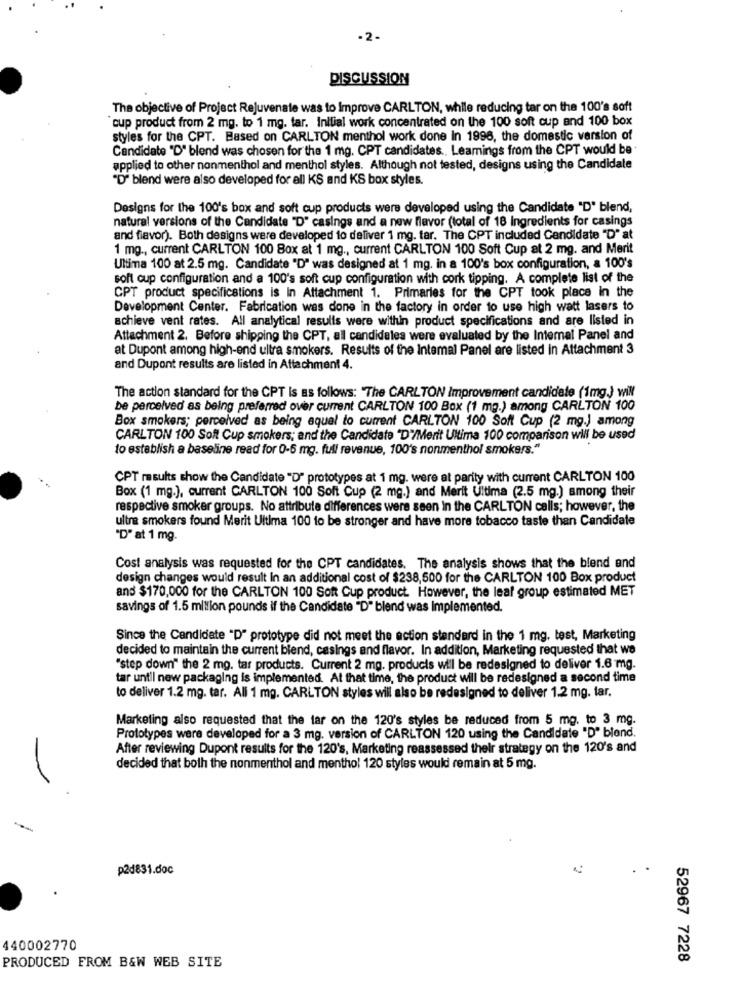
-2-
DISCUSSION
The objective of Project Rejuvenate was to Improve CARLTON, while reducing tar on the 100's soft
cup product from 2 mg. to 1 mg. tar. Initial work concentrated on the 100 soft cup and 100 box
styles for the CPT. Based on CARLTON menthol work done In 1996, the domestic version of
Candidate "D" blend was chosen for the 1 mg. CPT candidates ., Leamings from the CPT would be .
applied to other nonmenthol and menthol styles. Although not tested, designs using the Candidate
"D" blend were also developed for all KS and KS box styles.
Designs for the 100's box and soft cup products were developed using the Candidate "D' blend,
natural versions of the Candidate "D" casings and a new flavor (total of 18 ingredients for casings
and fiavor). Both designs were developed to deliver 1 mg. tar. The CPT included Candidate "D" at
1 mg ., current CARLTON 100 Box at 1 mg ., current CARLTON 100 Soft Cup at 2 mg. and Merit
Ultima 100 at 2.5 mg. Candidate "D" was designed at 1 mg. in a 100's box configuration, a 100's
soft cup configuration and a 100's soft cup configuration with cork tipping. A complete list of the
CPT product specifications is In Attachment 1. Primaries for the CPT took place in the
Development Center. Fabrication was done in the factory in order to use high watt lasers to
achieve vent rates. All analytical results were within product specifications and are listed in
Attachment 2. Before shipping the CPT, all candidates were evaluated by the Internal Panel and
at Dupont among high-end ultra smokers. Results of the Intemal Panel are listed in Attachment 3
and Dupont results are listed in Attachment 4.
The action standard for the CPT is as follows: "The CARLTON Improvement candidate (1mg) will
be perceived as being preferred over current CARLTON 100 Box (1 mg.) among CARLTON 100
Box smokers; perceived as being equal to current CARLTON 100 Soft Cup (2 mg.) among
CARLTON 100 Soft Cup smokers; and the Candidate "D"/Merit Ultima 100 comparison will be used
to establish a baseline read for 0-6 mg. full revenue, 100's nonmenthol smokers."
CPT results show the Candidate "D" prototypes at 1 mg. were at parity with current CARLTON 100
Box (1 mg.), current CARLTON 100 Soft Cup (2 mg.) and Merit Ultima (2.5 mg.) among their
respective smoker groups. No attribute differences were seen In the CARLTON calls; however, the
ultra smokers found Merit Ultima 100 to be stronger and have more tobacco taste than Candidate
"D" at 1 mg.
Cost analysis was requested for the CPT candidates. The analysis shows that the blend and
design changes would result In an additional cost of $238,500 for the CARLTON 100 Box product
and $170,000 for the CARLTON 100 Soft Cup product. However, the leaf group estimated MET
savings of 1.5 million pounds if the Candidate "D" blend was Implemented.
Since the Candidate "D" prototype did not meet the action standard in the 1 mg, test, Marketing
decided to maintain the current blend, casings and flavor. In addition, Marketing requested that we
"step down" the 2 mg. tar products. Current 2 mg. products will be redesigned to deliver 1.6 mg.
tar until new packaging is implemented. At that time, the product will be redesigned a second time
to deliver 1.2 mg. tar. All 1 mg. CARLTON styles will also be redesigned to deliver 1.2 mg. far.
Marketing also requested that the tar on the 120's styles be reduced from 5 mg. to 3 mg.
Prototypes were developed for a 3 mg. version of CARLTON 120 using the Candidate "D' blend.
After reviewing Dupont results for the 120's, Marketing reassessed their strategy on the 120's and
-
decided that both the nonmenthol and menthol 120 styles would remain at 5 mg.
p2d831.doc
440002770
52967 7228
PRODUCED FROM B&W WEB SITE